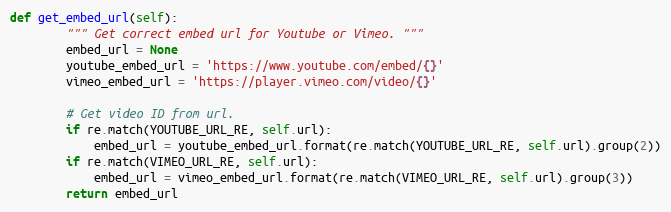
Language: Python
def get_embed_url(self):
        """ Get correct embed url for Youtube or Vimeo. """
        embed_url = None
        youtube_embed_url = 'https://www.youtube.com/embed/{}'
        vimeo_embed_url = 'https://player.vimeo.com/video/{}'

        # Get video ID from url.
        if re.match(YOUTUBE_URL_RE, self.url):
            embed_url = youtube_embed_url.format(re.match(YOUTUBE_URL_RE, self.url).group(2))
        if re.match(VIMEO_URL_RE, self.url):
            embed_url = vimeo_embed_url.format(re.match(VIMEO_URL_RE, self.url).group(3))
        return embed_url